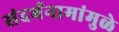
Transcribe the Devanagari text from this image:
संदर्भनामांमुळे